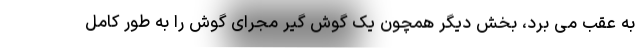
به عقب می برد، بخش دیگر همچون یک گوش گیر مجرای گوش را به طور کامل